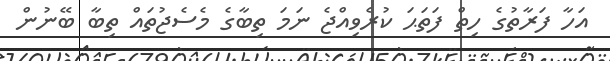
އަހާ ފަރާތުގެ ހިތް ފަތަޙަ ކުރެވިއްޖެ ނަމަ ތިބާގެ މެސެޖުތައް ތިބާ ބޭނުން